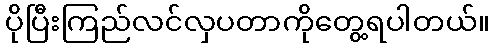
ပိုပြီးကြည်လင်လှပတာကိုတွေ့ရပါတယ်။